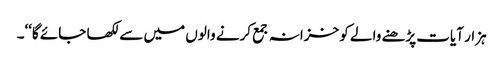
ہزار آیات پڑھنے والے کو خزانہ جمع کرنے والوں میں سے لکھا جائے گا‘‘۔